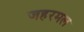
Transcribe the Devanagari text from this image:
जहरमल